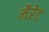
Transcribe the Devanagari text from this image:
मैरेट